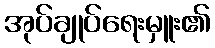
အုပ်ချုပ်ရေးမှူး၏